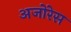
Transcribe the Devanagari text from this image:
अजोरेस